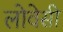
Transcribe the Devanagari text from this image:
लोवेसी